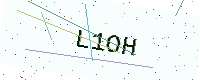
Text: L1OH